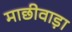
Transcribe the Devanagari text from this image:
माछीवाड़ा